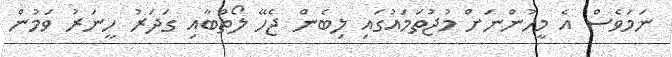
ނަމަވެސް އެ މީހުންނަށް މުޖުތަމައުގައި ލިބެން ޖެހޭ ލޯތްބާއި ގަދަރު ހީނަރު ވަމުން